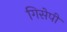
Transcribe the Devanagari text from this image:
गिसेपी